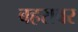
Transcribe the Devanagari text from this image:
बहरावर